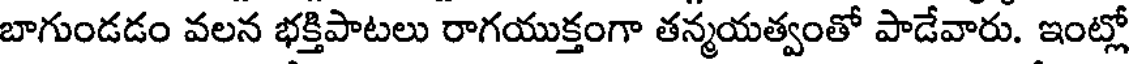
బాగుండడం వలన భక్తిపాటలు రాగయుక్తంగా తన్మయత్వంతో పాడేవారు. ఇంట్లో